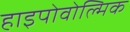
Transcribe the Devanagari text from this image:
हाइपोवोल्मिक